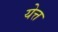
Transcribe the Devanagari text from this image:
येत्त